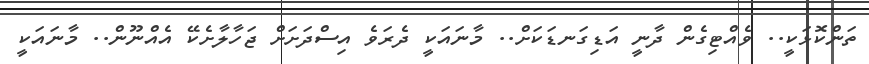
ތަންކޮޅަކީ.. ވެއްޓިގެން ދާނީ އަޑިގަނޑަކަށް.. މާނައަކީ ދެރަވެ އިސްދަށަށް ޖަހާލާށެކޭ އެއްނޫން.. މާނައަކީ